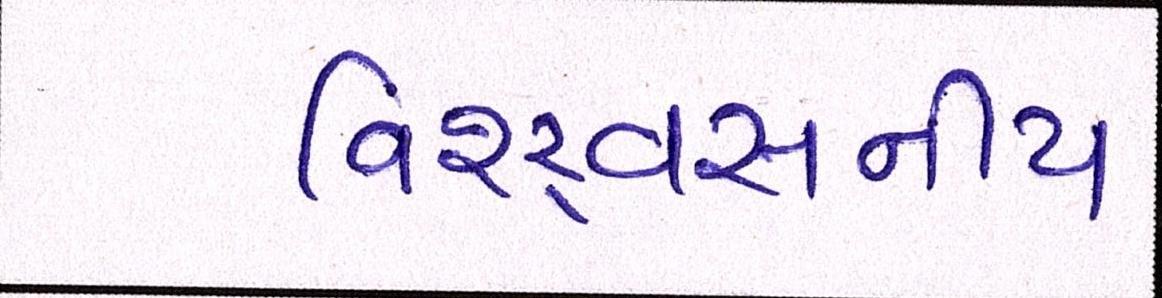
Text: વિશ્ર્વસનીય